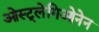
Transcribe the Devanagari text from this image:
ओस्ट्लेगिओनेन